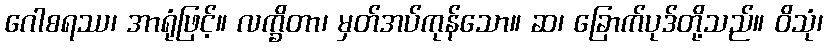
ဂေါစရဿ၊ အာရုံဖြင့်။ လက္ခိတာ၊ မှတ်အပ်ကုန်သော။ ဆ၊ ခြောက်ပုဒ်တို့သည်။ ဝိသုံ၊